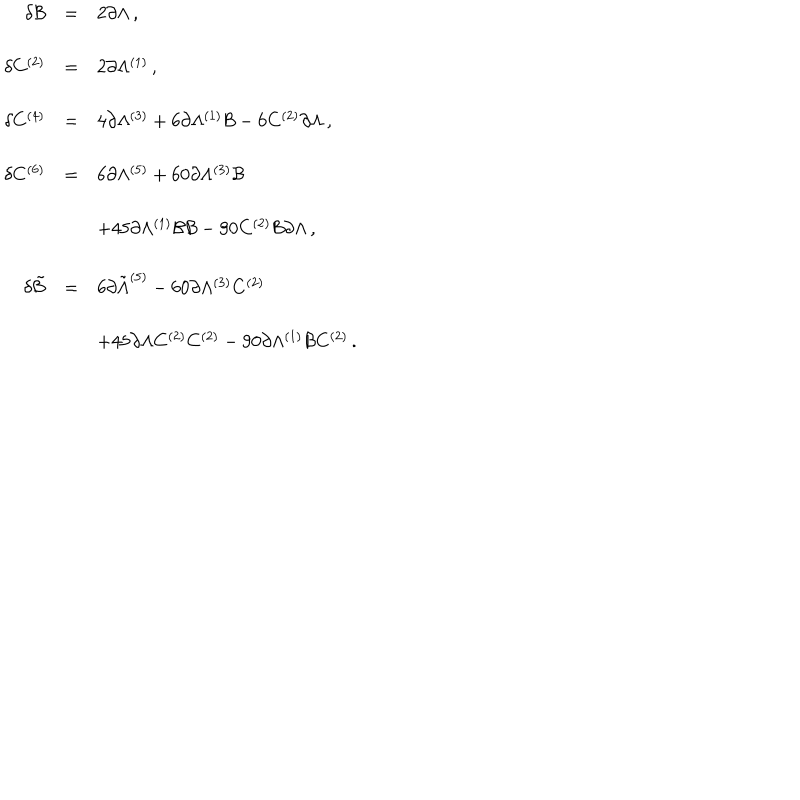
LaTeX: \begin{array} { r c l } { { \delta { \cal B } } } & { { = } } & { { 2 \partial \Lambda \, , } } \\ { { } } & { { } } & { { } } \\ { { \delta C ^ { ( 2 ) } } } & { { = } } & { { 2 \partial \Lambda ^ { ( 1 ) } \, , } } \\ { { } } & { { } } & { { } } \\ { { \delta C ^ { ( 4 ) } } } & { { = } } & { { 4 \partial \Lambda ^ { ( 3 ) } + 6 \partial \Lambda ^ { ( 1 ) } { \cal B } - 6 C ^ { ( 2 ) } \partial \Lambda \, , } } \\ { { } } & { { } } & { { } } \\ { { \delta C ^ { ( 6 ) } } } & { { = } } & { { 6 \partial \Lambda ^ { ( 5 ) } + 6 0 \partial \Lambda ^ { ( 3 ) } { \cal B } } } \\ { { } } & { { } } & { { } } \\ { { } } & { { } } & { { + 4 5 \partial \Lambda ^ { ( 1 ) } { \cal B } { \cal B } - 9 0 C ^ { ( 2 ) } { \cal B } \partial \Lambda \, , } } \\ { { } } & { { } } & { { } } \\ { { \delta { \tilde { \cal B } } } } & { { = } } & { { 6 \partial { \tilde { \Lambda } } ^ { ( 5 ) } - 6 0 \partial \Lambda ^ { ( 3 ) } C ^ { ( 2 ) } } } \\ { { } } & { { } } & { { } } \\ { { } } & { { } } & { { + 4 5 \partial \Lambda C ^ { ( 2 ) } C ^ { ( 2 ) } - 9 0 \partial \Lambda ^ { ( 1 ) } { \cal B } C ^ { ( 2 ) } \, . } } \\ \end{array}